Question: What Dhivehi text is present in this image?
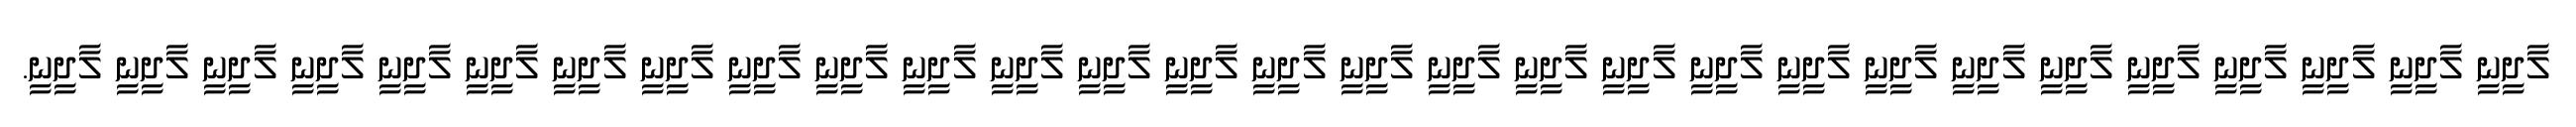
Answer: ލާދީނީ ލާދީނީ ލާދީނީ ލާދީނީ ލާދީނީ ލާދީނީ ލާދީނީ ލާދީނީ ލާދީނީ ލާދީނީ ލާދީނީ ލާދީނީ ލާދީނީ ލާދީނީ ލާދީނީ ލާދީނީ ލާދީނީ ލާދީނީ ލާދީނީ ލާދީނީ ލާދީނީ ލާދީނީ ލާދީނީ ލާދީނީ ލާދީނީ ލާދީނީ ލާދީނީ ލާދީނީ ލާދީނީ.